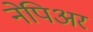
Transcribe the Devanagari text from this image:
नेपिअर